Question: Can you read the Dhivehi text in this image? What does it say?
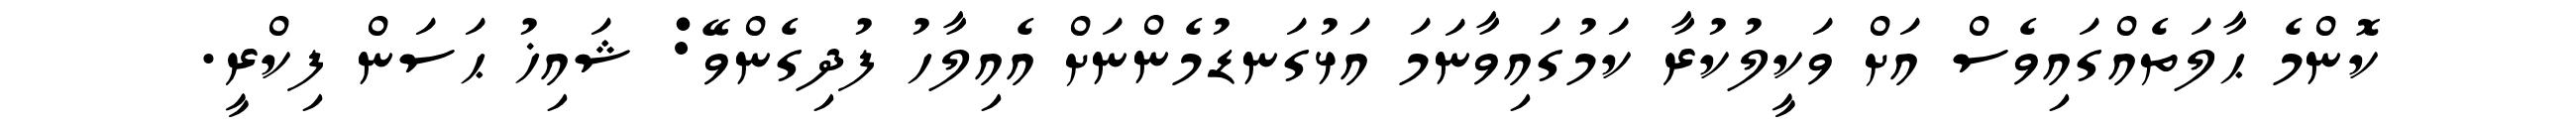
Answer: ކޮންމެ ޙާލަތެއްގައިވެސް އަށް ވަކީލުކުރާ ކަމުގައިވާނަމަ އަޅުގަނޑުމެންނަށް އެއިލާހު ފުދިގެންވޭ: ޝައިޚު ޙަސަން ފިކްރީ.